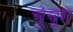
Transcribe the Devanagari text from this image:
चुंचूरा